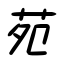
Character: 苑